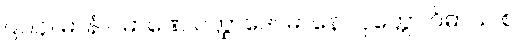
၉၁၄။ မာနံ ပမာဏေ ပတ္ထာဒေါ၊ မာနော ဝုတ္တော ဝိဓာယ စ။